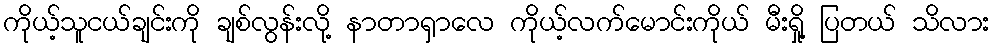
ကိုယ့်သူငယ်ချင်းကို ချစ်လွန်းလို့ နာတာရှာလေ ကိုယ့်လက်မောင်းကိုယ် မီးရှို့ ပြတယ် သိလား